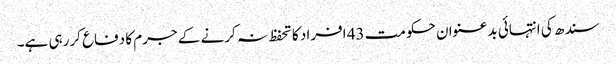
سندھ کی انتہائی بدعنوان حکومت 43 افراد کا تحفظ نہ کرنے کے جرم کا دفاع کررہی ہے۔